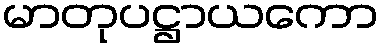
မာတုပဋ္ဌာယကော